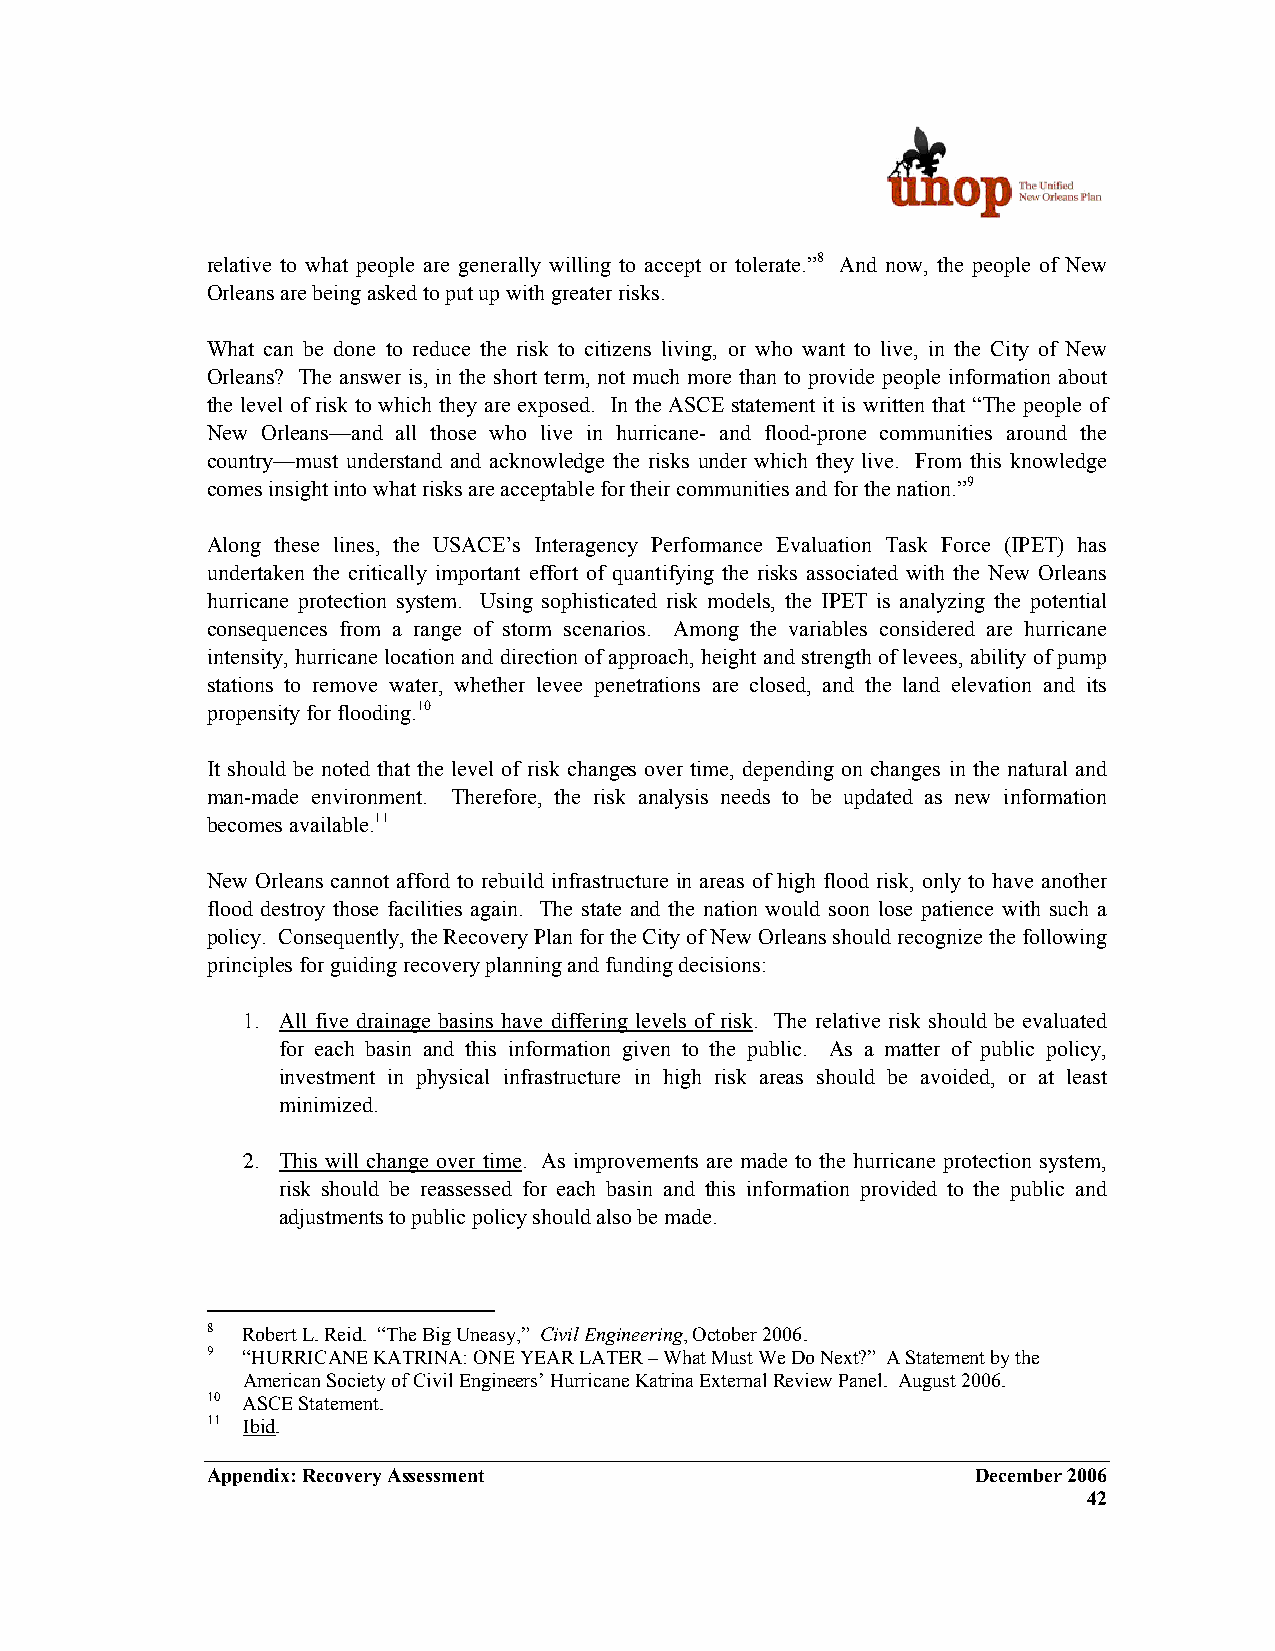
relative to what people are generally willing to accept or tolerate.”8 And now, the people of New
 Orleans are being asked to put up with greater risks.
 What can be done to reduce the risk to citizens living, or who want to live, in the City of New
 Orleans? The answer is, in the short term, not much more than to provide people information about
 the level of risk to which they are exposed. In the ASCE statement it is written that “The people of
 New Orleans—and all those who live in hurricane- and flood-prone communities around the
 country—must understand and acknowledge the risks under which they live. From this knowledge
 comes insight into what risks are acceptable for their communities and for the nation.”9
 Along these lines, the USACE’s Interagency Performance Evaluation Task Force (IPET) has
 undertaken the critically important effort of quantifying the risks associated with the New Orleans
 hurricane protection system. Using sophisticated risk models, the IPET is analyzing the potential
 consequences from a range of storm scenarios. Among the variables considered are hurricane
 intensity, hurricane location and direction of approach, height and strength of levees, ability of pump
 stations to remove water, whether levee penetrations are closed, and the land elevation and its
 propensity for flooding.10
 It should be noted that the level of risk changes over time, depending on changes in the natural and
 man-made environment. Therefore, the risk analysis needs to be updated as new information
 becomes available.11
 New Orleans cannot afford to rebuild infrastructure in areas of high flood risk, only to have another
 flood destroy those facilities again. The state and the nation would soon lose patience with such a
 policy. Consequently, the Recovery Plan for the City of New Orleans should recognize the following
 principles for guiding recovery planning and funding decisions:
 1. All five drainage basins have differing levels of risk. The relative risk should be evaluated
 for each basin and this information given to the public. As a matter of public policy,
 investment in physical infrastructure in high risk areas should be avoided, or at least
 minimized.
 2. This will change over time. As improvements are made to the hurricane protection system,
 risk should be reassessed for each basin and this information provided to the public and
 adjustments to public policy should also be made.
 8 Robert L. Reid. “The Big Uneasy,” Civil Engineering, October 2006.
 9 “HURRICANE KATRINA: ONE YEAR LATER – What Must We Do Next?” A Statement by the
 American Society of Civil Engineers’ Hurricane Katrina External Review Panel. August 2006.
 10 ASCE Statement.
 11 Ibid.
 Appendix: Recovery Assessment                      December 2006
 42